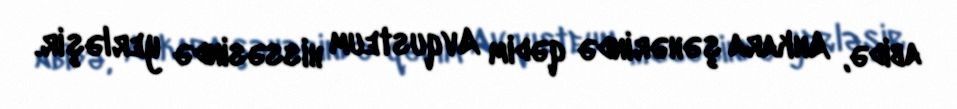
abidə, Ankara şəhərində qədim Avqusteum hissəsində yerləşir.